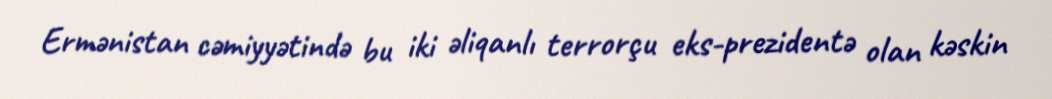
Ermənistan cəmiyyətində bu iki əliqanlı terrorçu eks-prezidentə olan kəskin